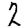
Digit: 2